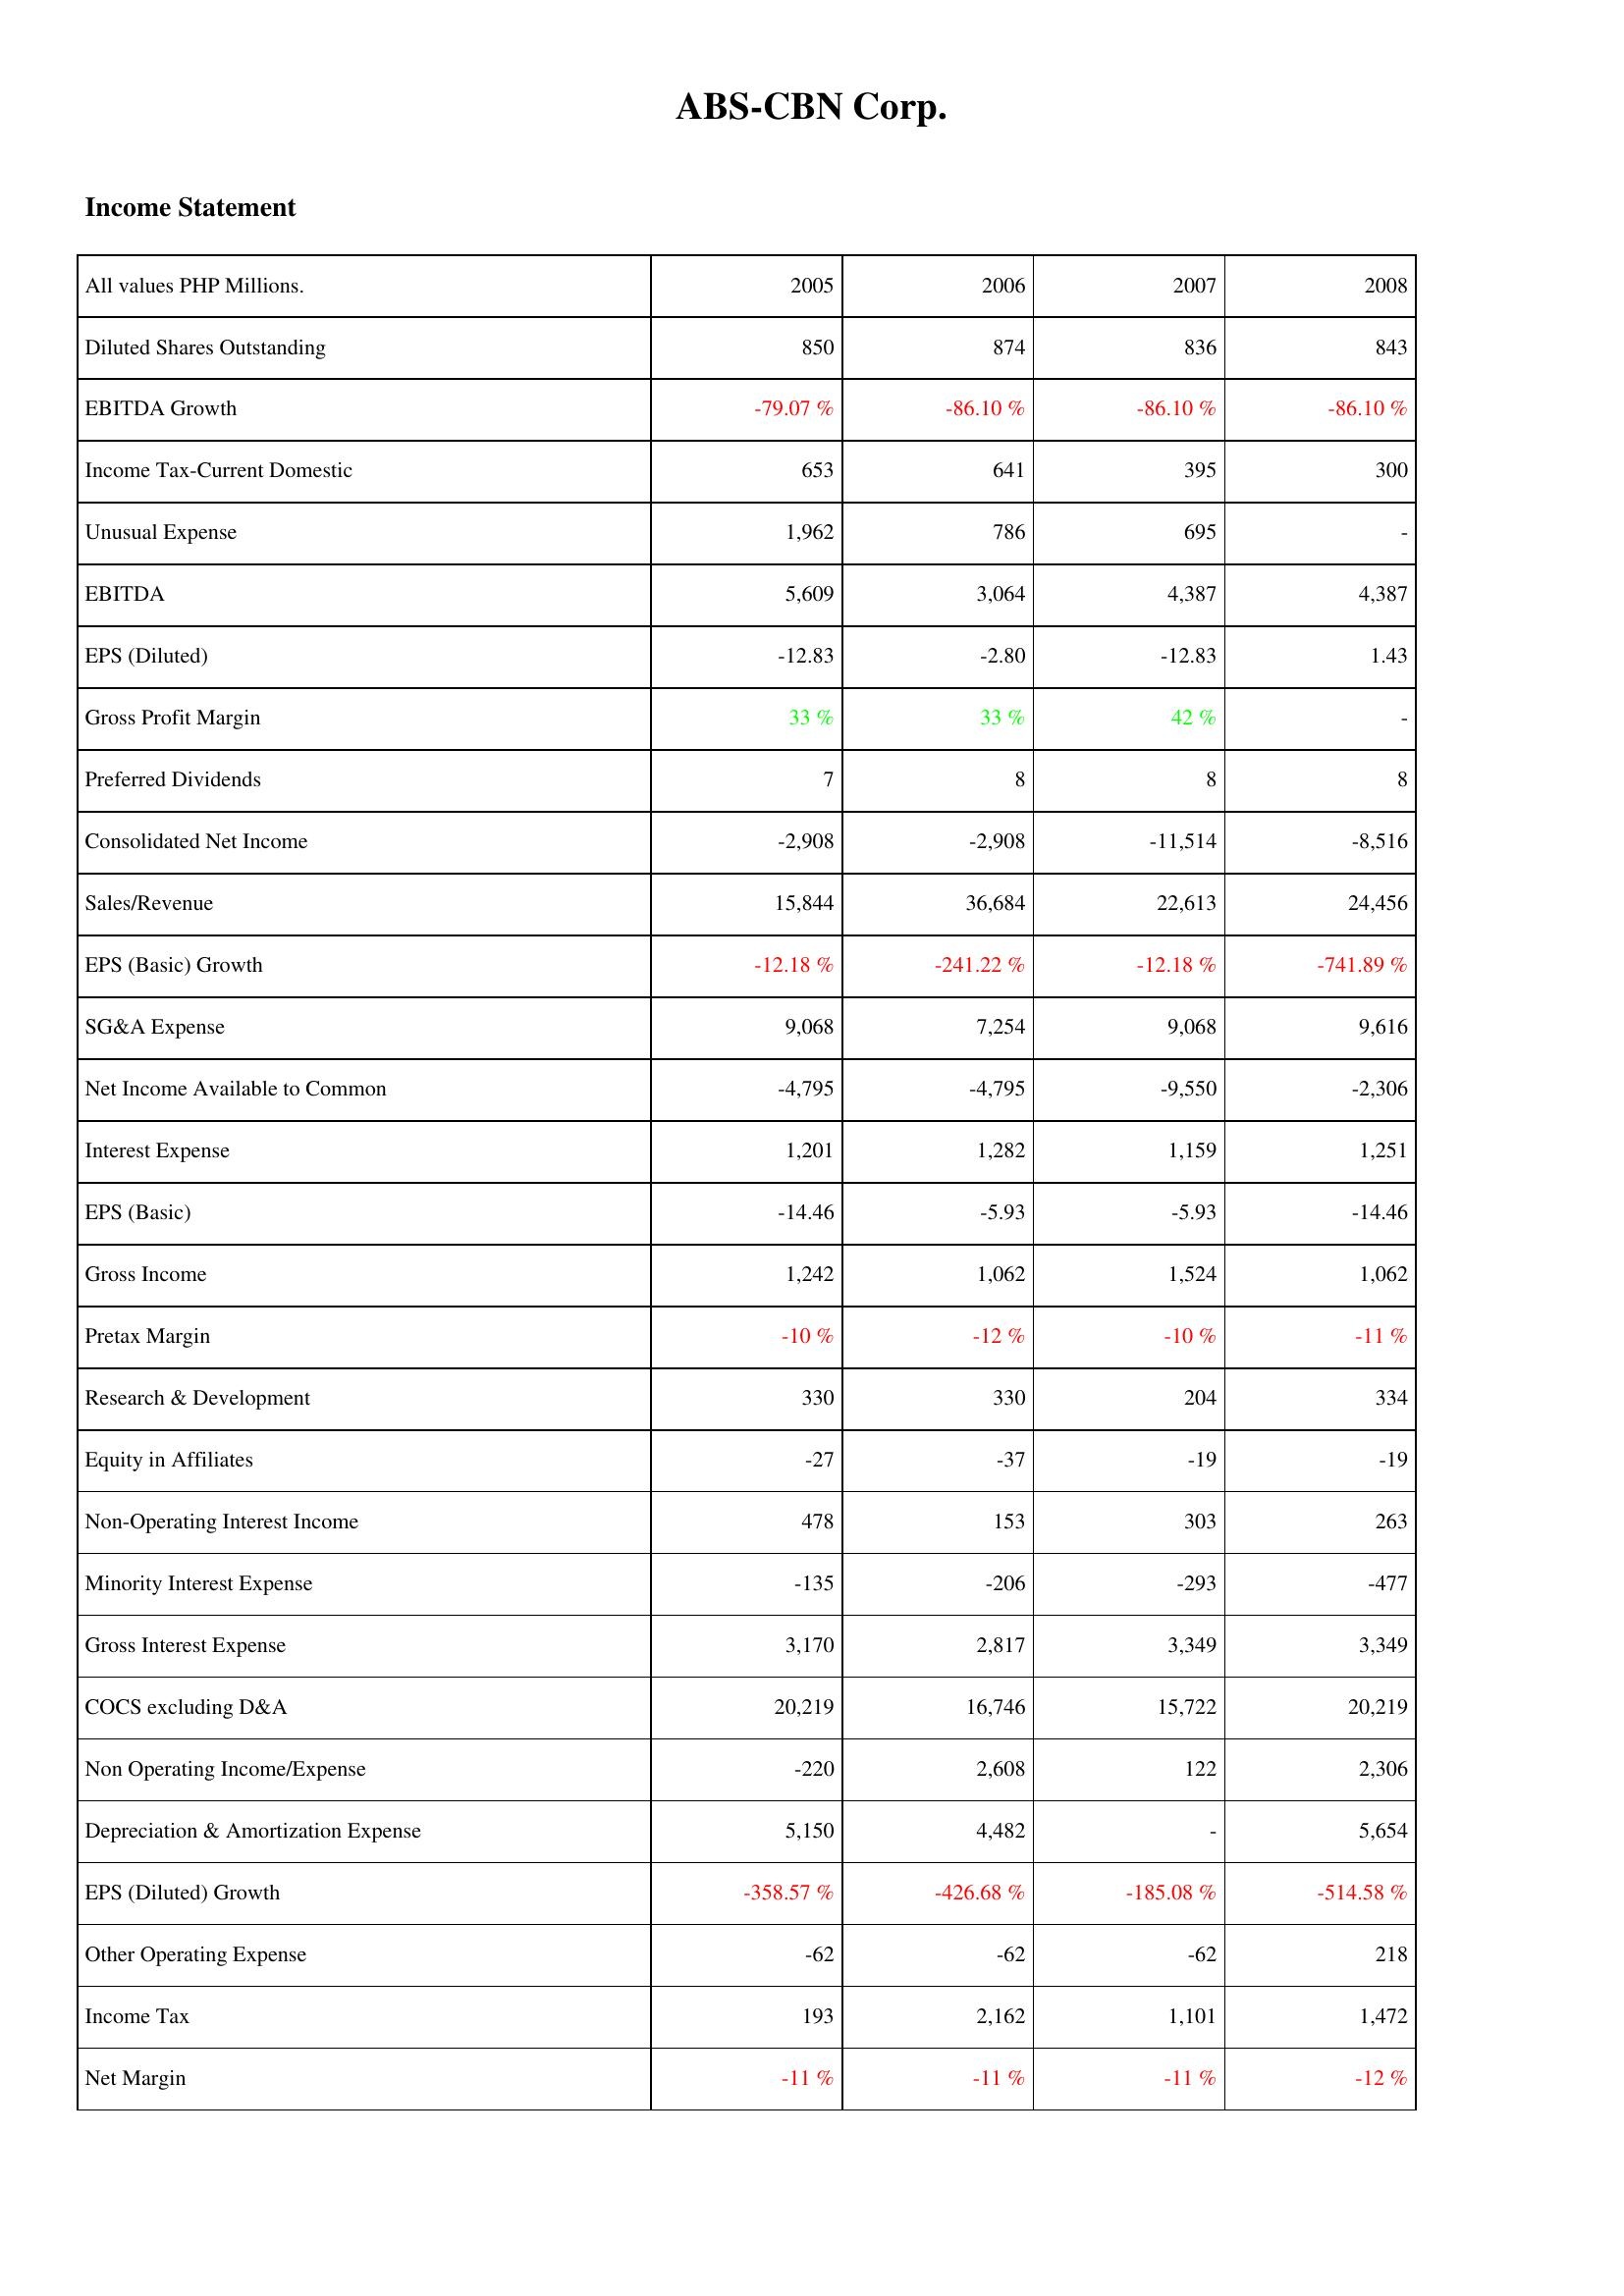
2005: Income Statement: Diluted Shares Outstanding: 850
EBITDA Growth: -79.07 %
Income Tax-Current Domestic: 653
Unusual Expense: 1,962
EBITDA: 5,609
EPS (Diluted): -12.83
Gross Profit Margin: 33 %
Preferred Dividends: 7
Consolidated Net Income: -2,908
Sales/Revenue: 15,844
EPS (Basic) Growth: -12.18 %
SG&A Expense: 9,068
Net Income Available to Common: -4,795
Interest Expense: 1,201
EPS (Basic): -14.46
Gross Income: 1,242
Pretax Margin: -10 %
Research & Development: 330
Equity in Affiliates: -27
Non-Operating Interest Income: 478
Minority Interest Expense: -135
Gross Interest Expense: 3,170
COCS excluding D&A: 20,219
Non Operating Income/Expense: -220
Depreciation & Amortization Expense: 5,150
EPS (Diluted) Growth: -358.57 %
Other Operating Expense: -62
Income Tax: 193
Net Margin: -11 %
2006: Income Statement: Diluted Shares Outstanding: 874
EBITDA Growth: -86.10 %
Income Tax-Current Domestic: 641
Unusual Expense: 786
EBITDA: 3,064
EPS (Diluted): -2.80
Gross Profit Margin: 33 %
Preferred Dividends: 8
Consolidated Net Income: -2,908
Sales/Revenue: 36,684
EPS (Basic) Growth: -241.22 %
SG&A Expense: 7,254
Net Income Available to Common: -4,795
Interest Expense: 1,282
EPS (Basic): -5.93
Gross Income: 1,062
Pretax Margin: -12 %
Research & Development: 330
Equity in Affiliates: -37
Non-Operating Interest Income: 153
Minority Interest Expense: -206
Gross Interest Expense: 2,817
COCS excluding D&A: 16,746
Non Operating Income/Expense: 2,608
Depreciation & Amortization Expense: 4,482
EPS (Diluted) Growth: -426.68 %
Other Operating Expense: -62
Income Tax: 2,162
Net Margin: -11 %
2007: Income Statement: Diluted Shares Outstanding: 836
EBITDA Growth: -86.10 %
Income Tax-Current Domestic: 395
Unusual Expense: 695
EBITDA: 4,387
EPS (Diluted): -12.83
Gross Profit Margin: 42 %
Preferred Dividends: 8
Consolidated Net Income: -11,514
Sales/Revenue: 22,613
EPS (Basic) Growth: -12.18 %
SG&A Expense: 9,068
Net Income Available to Common: -9,550
Interest Expense: 1,159
EPS (Basic): -5.93
Gross Income: 1,524
Pretax Margin: -10 %
Research & Development: 204
Equity in Affiliates: -19
Non-Operating Interest Income: 303
Minority Interest Expense: -293
Gross Interest Expense: 3,349
COCS excluding D&A: 15,722
Non Operating Income/Expense: 122
Depreciation & Amortization Expense: -
EPS (Diluted) Growth: -185.08 %
Other Operating Expense: -62
Income Tax: 1,101
Net Margin: -11 %
2008: Income Statement: Diluted Shares Outstanding: 843
EBITDA Growth: -86.10 %
Income Tax-Current Domestic: 300
Unusual Expense: -
EBITDA: 4,387
EPS (Diluted): 1.43
Gross Profit Margin: -
Preferred Dividends: 8
Consolidated Net Income: -8,516
Sales/Revenue: 24,456
EPS (Basic) Growth: -741.89 %
SG&A Expense: 9,616
Net Income Available to Common: -2,306
Interest Expense: 1,251
EPS (Basic): -14.46
Gross Income: 1,062
Pretax Margin: -11 %
Research & Development: 334
Equity in Affiliates: -19
Non-Operating Interest Income: 263
Minority Interest Expense: -477
Gross Interest Expense: 3,349
COCS excluding D&A: 20,219
Non Operating Income/Expense: 2,306
Depreciation & Amortization Expense: 5,654
EPS (Diluted) Growth: -514.58 %
Other Operating Expense: 218
Income Tax: 1,472
Net Margin: -12 %